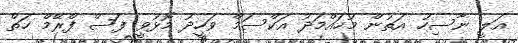
އަލީ ނާސިހު އަތުން މުހައްމަދު އަކްސަމް ވަހީދު މޮޅުވީ ފަސް ފްރޭމް ހަތް